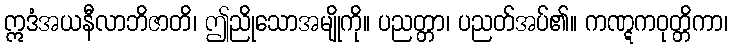
ဣဒံအယနီလာဘိဇာတိ၊ ဤညိုသောအမျိုကို။ ပညတ္တာ၊ ပညတ်အပ်၏။ ကဏ္ဋကဝုတ္တိကာ၊